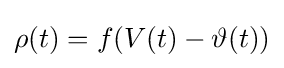
\rho (t)=f(V(t)-\vartheta (t))